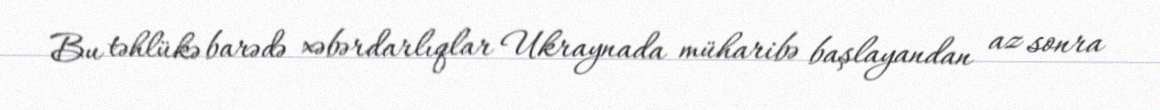
Bu təhlükə barədə xəbərdarlıqlar Ukraynada müharibə başlayandan az sonra